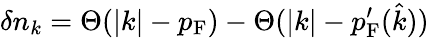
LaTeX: \delta n_{k}=\Theta(|k|-p_{\mathrm{{F}}})-\Theta(|k|-p_{\mathrm{{F}}}^{\prime}({\hat{k}}))